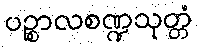
ပဉ္စာလစဏ္ဍသုတ္တံ